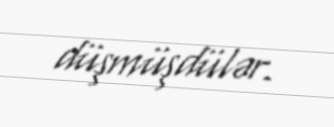
düşmüşdülər.